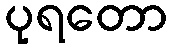
ပုရတော